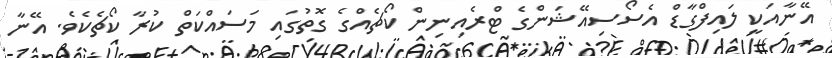
އޭނާއަކީ ލައިފްގާޑް އެސޯސިއޭޝަންގެ ޓްރެއިނިން ކޯޗެއްގެ ގޮތުގައި މަސައްކަތް ކުރާ ކޯޗެކެވެ. އޭނާ